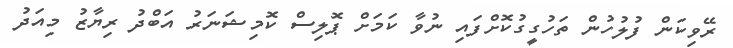
ރޭވިކަން ފުލުހުން ތަހުގީގުކޮށްފައި ނުވާ ކަމަށް ޕޮލިސް ކޮމިޝަނަރު އަބްދު ރިޔާޒު މިއަދު